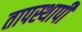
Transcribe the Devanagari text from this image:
तापस्थापी